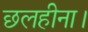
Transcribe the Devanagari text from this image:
छलहीना।